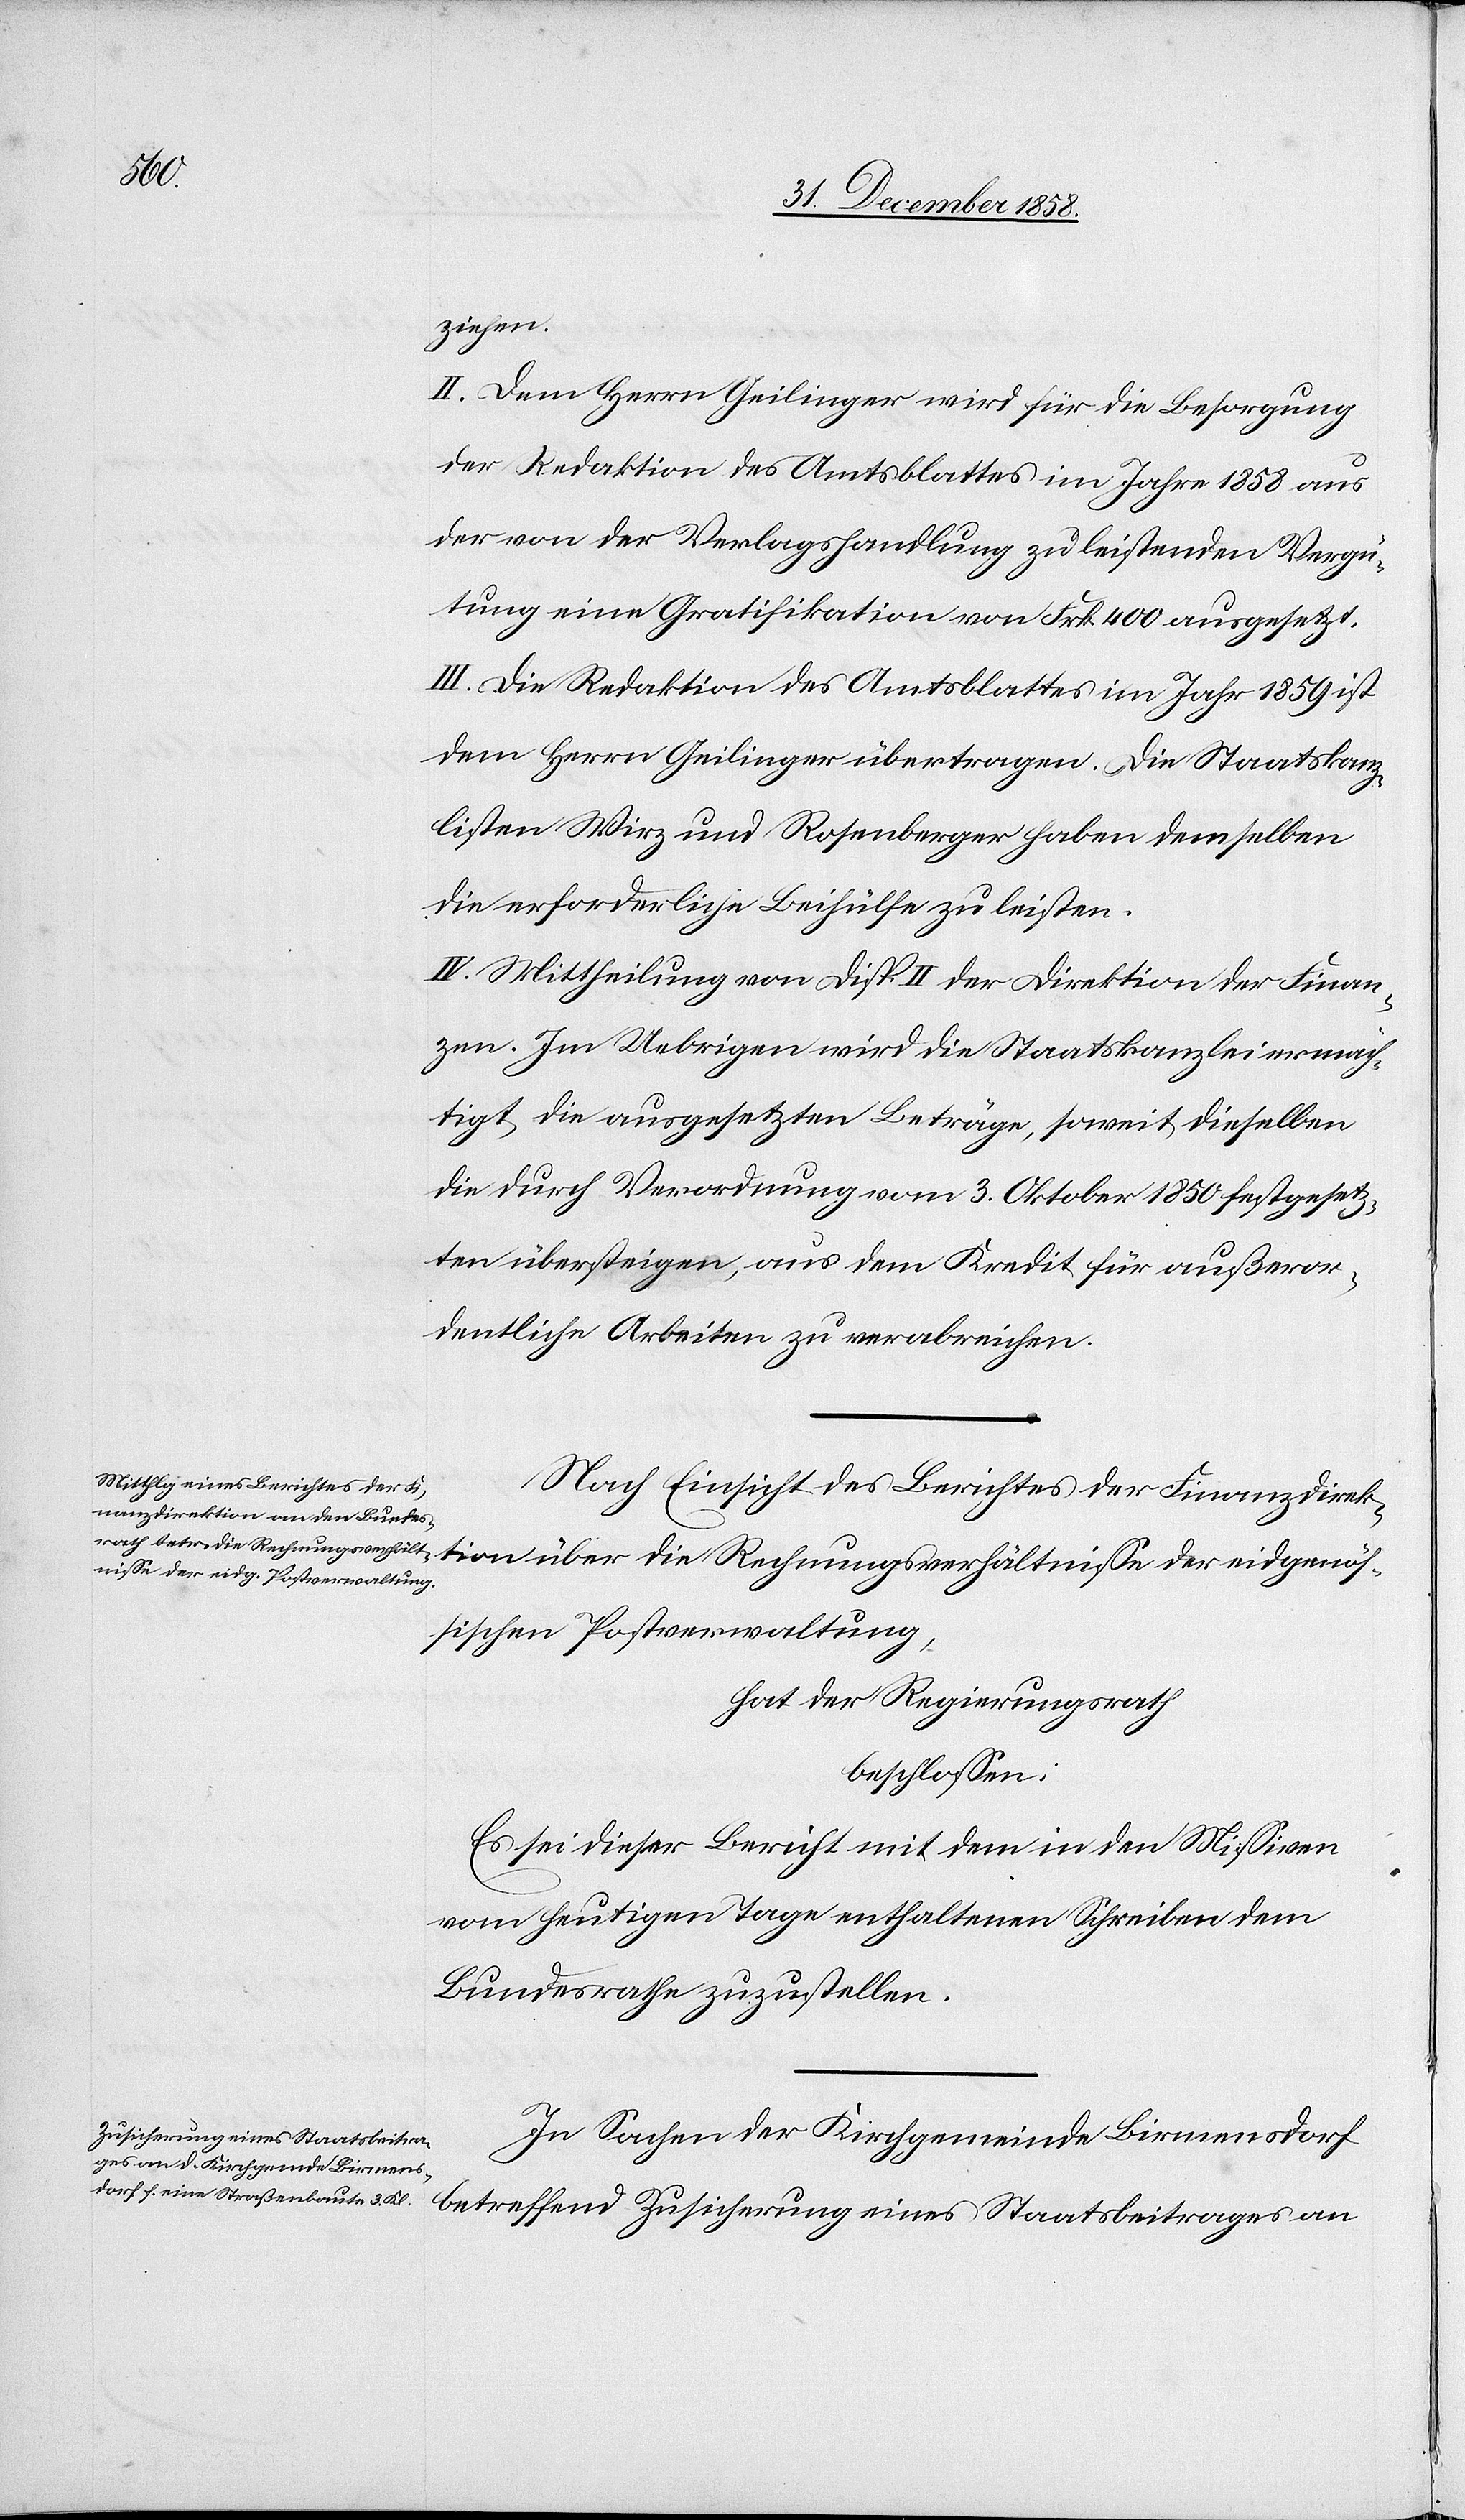
seien

21. Dezember 1852
zwischen
legt dem Regierungsrathe